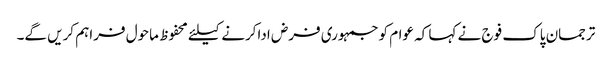
ترجمان پاک فوج نے کہا کہ عوام کوجمہوری فرض اداکرنے کیلئے محفوظ ماحول فراہم کریں گے۔